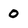
Character: O